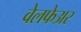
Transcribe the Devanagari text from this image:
वेलफेअर